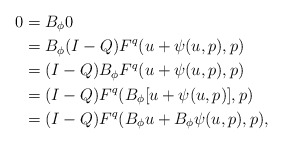
\begin{align*}0&= B_\phi 0\\&= B_\phi (I-Q) F^q(u + \psi(u,p),p)\\&= (I-Q) B_\phi F^q(u + \psi(u,p),p)\\&= (I-Q) F^q(B_\phi[u+\psi(u,p)], p)\\&= (I-Q) F^q(B_\phi u + B_\phi \psi(u,p), p),\end{align*}